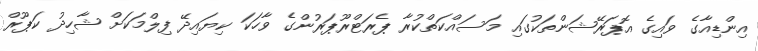
އިންޑިއާގެ ވައިގެ އޮޕަރޭޝަންތަކުގައި މަސައްކަތްކުރާ ޕެރަޓްރޫޕަރުންގެ ވާހަކަ ކިޔައިދޭ ފިލްމަކަށް ޝާހިދު ކަޕޫރް